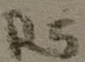
Text: R5